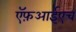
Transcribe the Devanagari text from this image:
ऍफ़आईएच